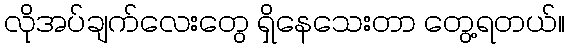
လိုအပ်ချက်လေးတွေ ရှိနေသေးတာ တွေ့ရတယ်။